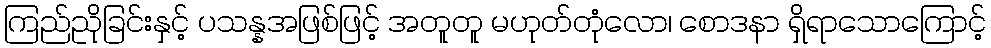
ကြည်ညိုခြင်းနှင့် ပသန္နအဖြစ်ဖြင့် အတူတူ မဟုတ်တုံလော၊ စောဒနာ ရှိရာသောကြောင့်